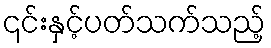
၎င်းနှင့်ပတ်သက်သည့်